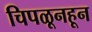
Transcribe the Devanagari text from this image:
चिपळूनहून